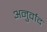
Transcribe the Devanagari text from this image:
अनुर्वाद